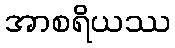
အာစရိယဿ